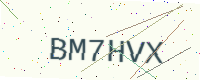
Text: BM7HVX